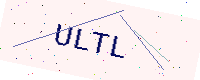
Text: ULTL